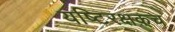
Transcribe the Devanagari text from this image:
यष्टिरक्षकच